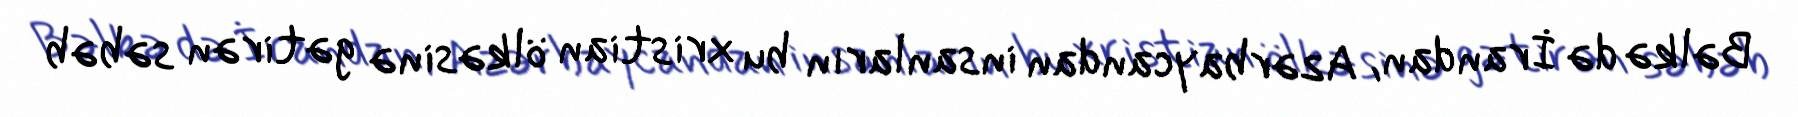
Bəlkə də İrandan, Azərbaycandan insanların bu xristian ölkəsinə gətirən səbəb